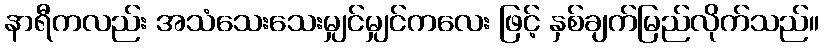
နာရီကလည်း အသံသေးသေးမျှင်မျှင်ကလေး ဖြင့် နှစ်ချက်မြည်လိုက်သည်။